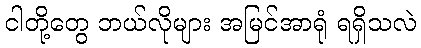
ငါတို့တွေ ဘယ်လိုများ အမြင်အာရုံ ရရှိသလဲ